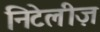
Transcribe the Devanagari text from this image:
निटेलीज़